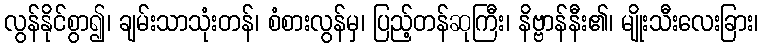
လွန်နိုင်စွာ၍၊ ချမ်းသာသုံးတန်၊ စံစားလွန်မှ၊ ပြည့်တန်ဆုကြီး၊ နိဗ္ဗာန်နီး၏၊ မျိုးသီးလေးခြား၊